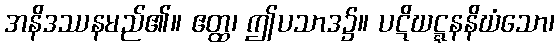
အနိဒဿနမည်၏။ ဧတ္ထ၊ ဤပသာဒ၌။ ပဋိဃဋ္ဋနနိဃံသော၊